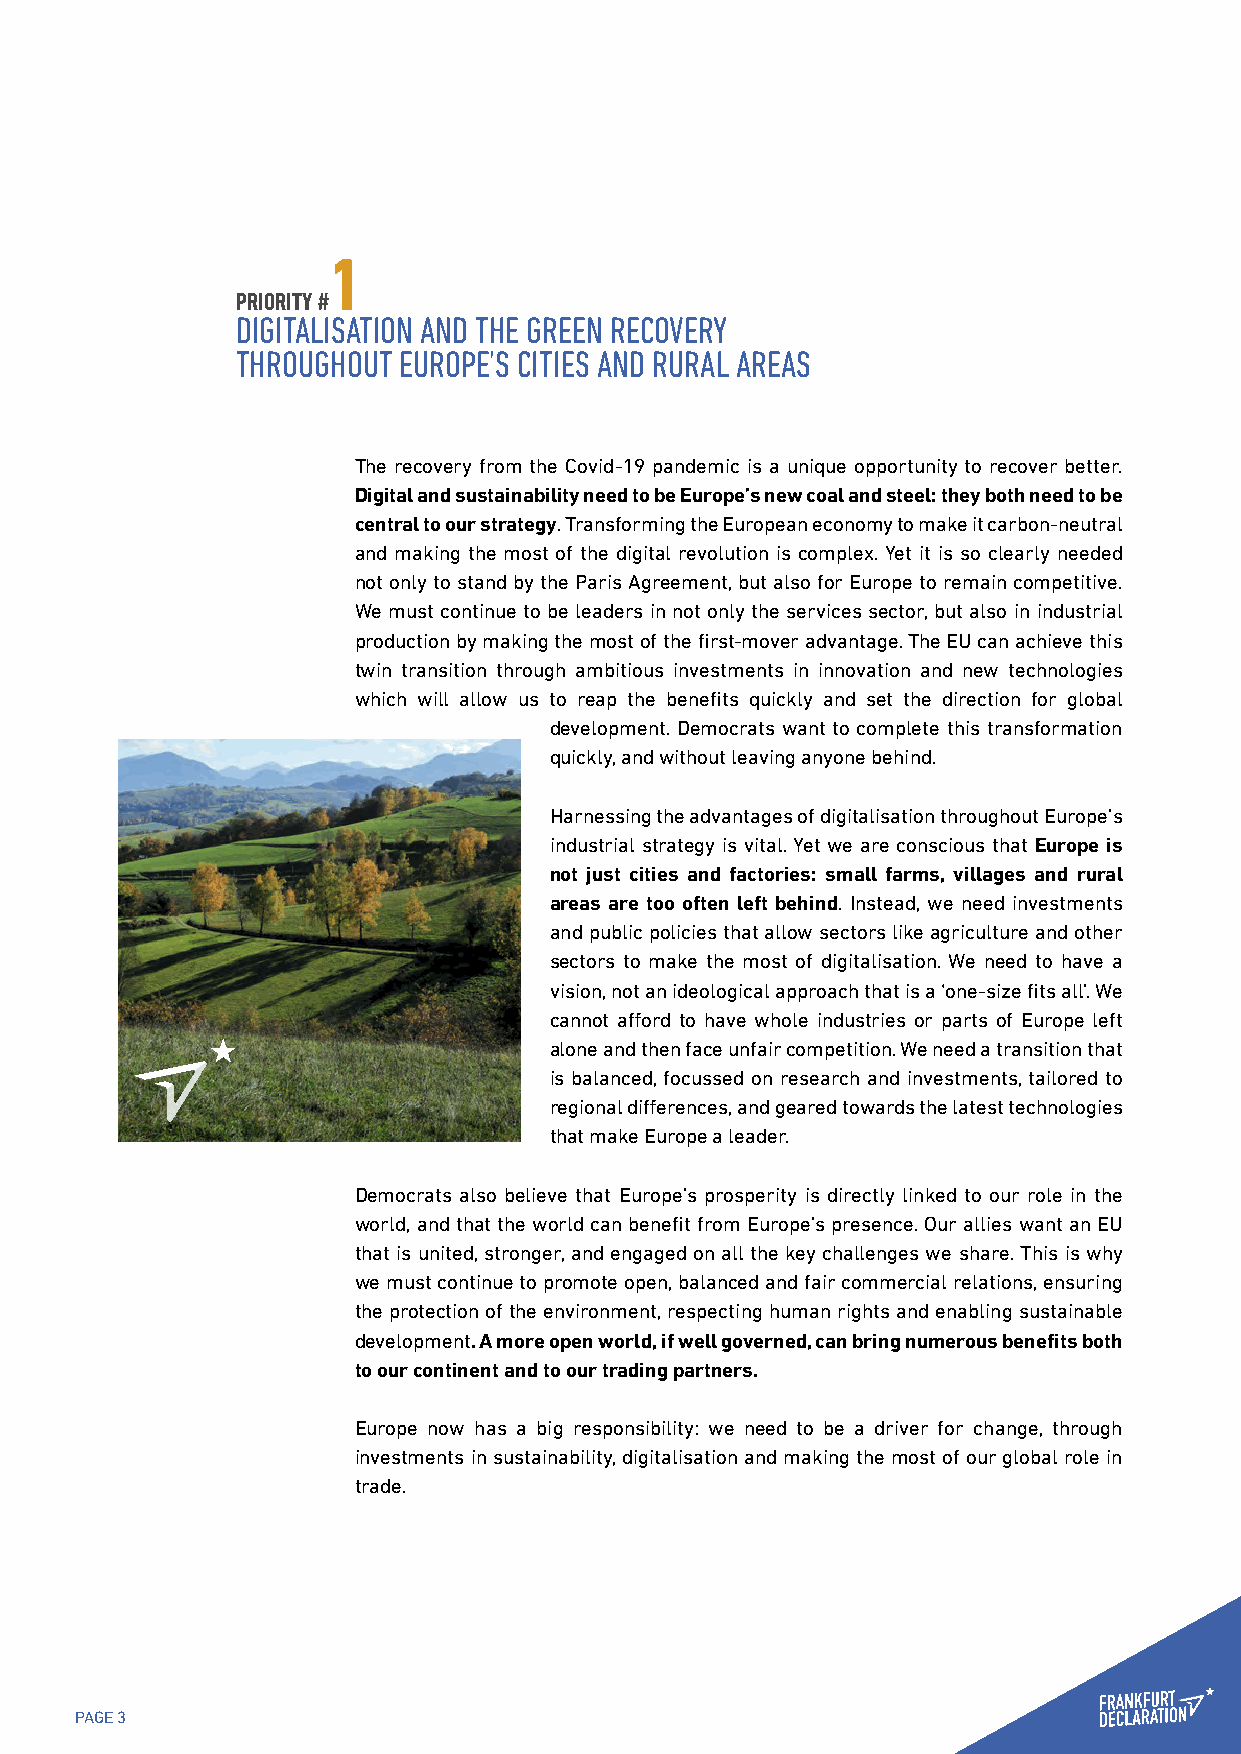
1
 PRIORITY #
 DIGITALISATION AND THE GREEN RECOVERY
 THROUGHOUT EUROPE’S CITIES AND RURAL AREAS
 The recovery from the Covid-19 pandemic is a unique opportunity to recover better.
 Digital and sustainability need to be Europe’s new coal and steel: they both need to be
 central to our strategy. Transforming the European economy to make it carbon-neutral
 and making the most of the digital revolution is complex. Yet it is so clearly needed
 not only to stand by the Paris Agreement, but also for Europe to remain competitive.
 We must continue to be leaders in not only the services sector, but also in industrial
 production by making the most of the first-mover advantage. The EU can achieve this
 twin transition through ambitious investments in innovation and new technologies
 which will allow us to reap the benefits quickly and set the direction for global
 development. Democrats want to complete this transformation
 quickly, and without leaving anyone behind.
 Harnessing the advantages of digitalisation throughout Europe’s
 industrial strategy is vital. Yet we are conscious that Europe is
 not just cities and factories: small farms, villages and rural
 areas are too often left behind. Instead, we need investments
 and public policies that allow sectors like agriculture and other
 sectors to make the most of digitalisation. We need to have a
 vision, not an ideological approach that is a ‘one-size fits all’. We
 cannot afford to have whole industries or parts of Europe left
 alone and then face unfair competition. We need a transition that
 is balanced, focussed on research and investments, tailored to
 regional differences, and geared towards the latest technologies
 that make Europe a leader.
 Democrats also believe that Europe’s prosperity is directly linked to our role in the
 world, and that the world can benefit from Europe’s presence. Our allies want an EU
 that is united, stronger, and engaged on all the key challenges we share. This is why
 we must continue to promote open, balanced and fair commercial relations, ensuring
 the protection of the environment, respecting human rights and enabling sustainable
 development. A more open world, if well governed, can bring numerous benefits both
 to our continent and to our trading partners.
 Europe now has a big responsibility: we need to be a driver for change, through
 investments in sustainability, digitalisation and making the most of our global role in
 trade.
 PAGE 3